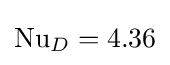
\mathrm {Nu} _{D}=4.36